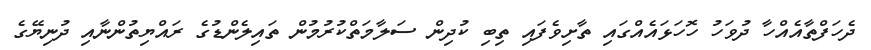
ދެހަފްތާއެއްހާ ދުވަހު ހޮހަޅައެއްގައި ތާށިވެފައި ތިބި ކުދިން ސަލާމަތްކުރުމުން ތައިލެންޑުގެ ރައްޔިތުންނާއި ދުނިޔޭގެ